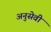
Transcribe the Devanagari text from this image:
अनुसेवी